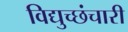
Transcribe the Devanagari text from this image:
विद्युच्छंचारी